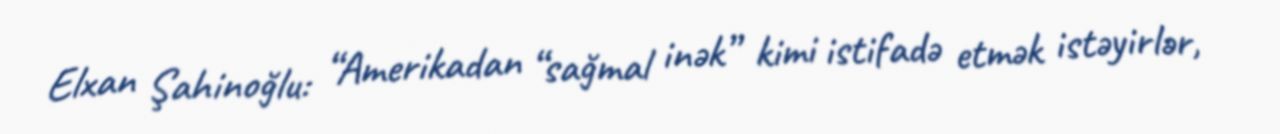
Elxan Şahinoğlu: “Amerikadan “sağmal inək” kimi istifadə etmək istəyirlər,